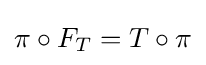
\pi \circ F_{T}=T\circ \pi